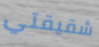
شقيقتي